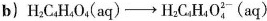
b)$$ H_{2}C_{4}H_{4}O_{4}(aq)\rightarrow H _ { 2 } C _ { 4 } H _ { 4 } O _ { 4 } ^ { 2 - } (aq)